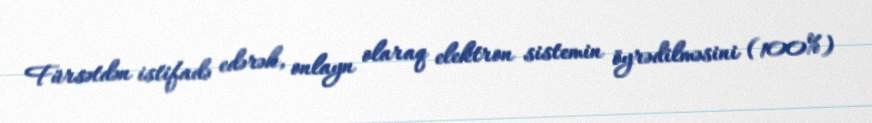
Fürsətdən istifadə edərək, onlayn olaraq elektron sistemin öyrədilməsini (100%)